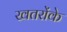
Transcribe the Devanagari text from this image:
खतरोंके